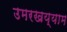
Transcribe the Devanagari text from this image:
उमरखय्याम